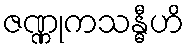
ဇဏ္ဏုကသန္ဓီဟိ